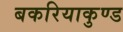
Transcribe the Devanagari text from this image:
बकरियाकुण्ड